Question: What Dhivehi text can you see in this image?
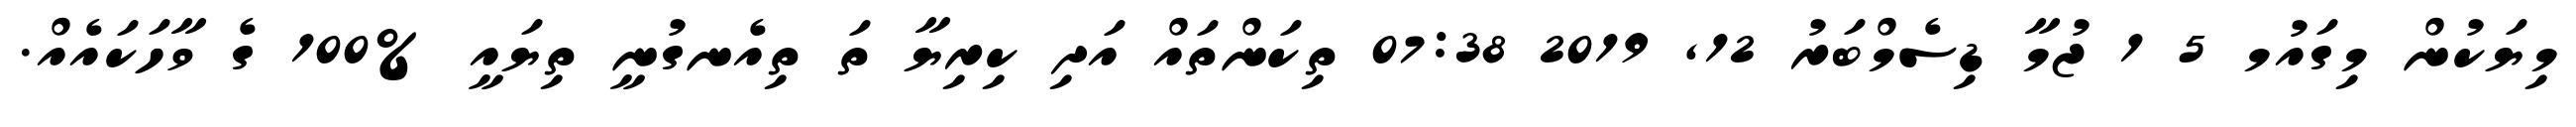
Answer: މިޔަކުން މިގައުމ 5 1 ޖުމާ ޑިސެމްބަރު 12, 2019 07:38 ތިކަންތައް އަދި ކިރިޔާ ތަ ތިއެނގުނީ ތިޔައީ %100 ގެ ވާހަކައެއް.